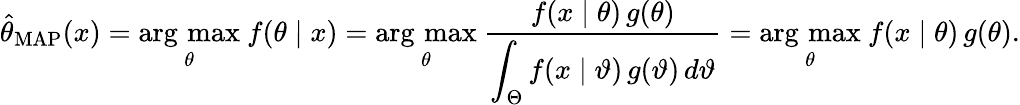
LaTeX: {\hat{\theta}}_{\mathrm{MAP}}(x)={\underset{\theta}{\operatorname{arg\, max}}}\ f(\theta\mid x)={\underset{\theta}{\operatorname{arg\, max}}}\ {\frac{f(x\mid\theta)\, g(\theta)}{\displaystyle\int_{\Theta}f(x\mid\vartheta)\, g(\vartheta)\, d\vartheta}}={\underset{\theta}{\operatorname{arg\, max}}}\ f(x\mid\theta)\, g(\theta).